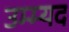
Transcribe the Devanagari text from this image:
उम्म्यद